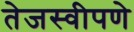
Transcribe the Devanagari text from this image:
तेजस्वीपणे